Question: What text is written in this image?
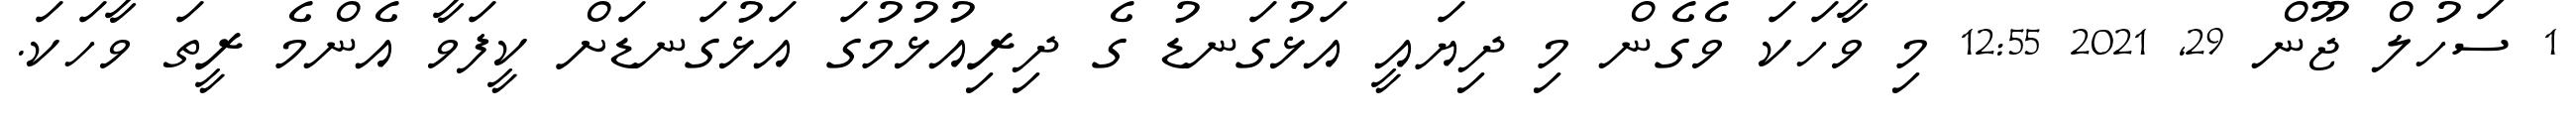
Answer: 1 ސަހުލް ޖޫން 29, 2021 12:55 މި ވާހަކަ ވެގެން މި ދިޔައީ އަޅުގަނޑު ގެ ދިރިއުޅުމުގަ އަޅުގަނޑަށް ކީފަވާ އެންމެ ރީތަ ވާހަކަ.